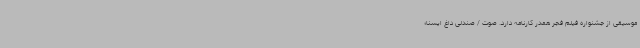
موسیقی از جشنواره فیلم فجر همدر کارنامه دارد. صوت / صندلی داغ ایسنا؛